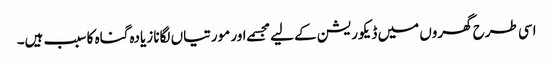
اسی طرح گھروں میں ڈیکوریشن کے لیے مجسمے اور مورتیاں لگانا زیادہ گناہ کا سبب ہیں۔